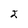
Character: 2